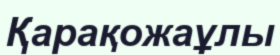
Қарақожаұлы